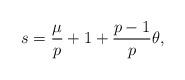
LaTeX: \begin{align*}s=\frac{\mu}{p}+1+\frac{p-1}{p}\theta,\end{align*}